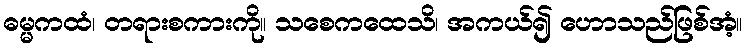
ဓမ္မကထံ၊ တရားစကားကို။ သစေကထေသိ၊ အကယ်၍ ဟောသည်ဖြစ်အံ့။